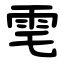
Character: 䨋